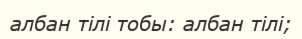
албан тілі тобы: албан тілі;